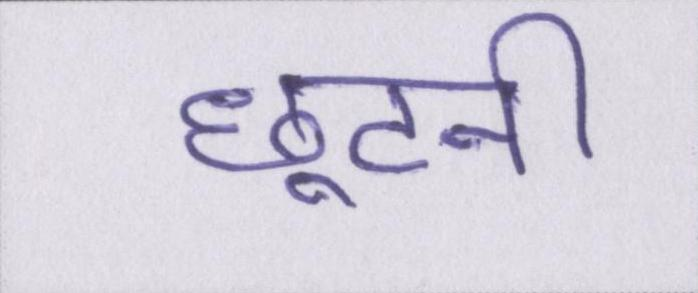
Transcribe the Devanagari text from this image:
छूटनी